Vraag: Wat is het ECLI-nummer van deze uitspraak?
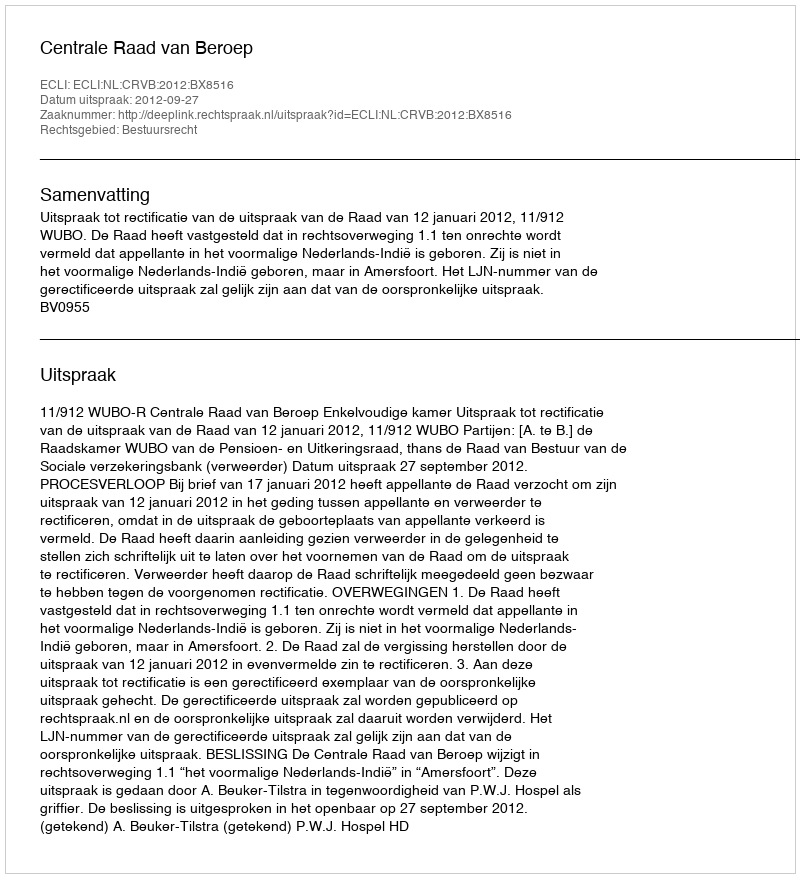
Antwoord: ECLI:NL:CRVB:2012:BX8516